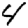
Digit: 4